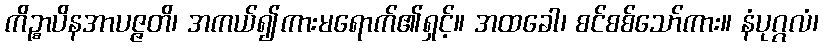
ကိဉ္စာပိနအာပဇ္ဇတိ၊ အကယ်၍ကားမရောက်၏ရှင့်။ အထခေါ၊ စင်စစ်သော်ကား။ နံပုဂ္ဂလံ၊